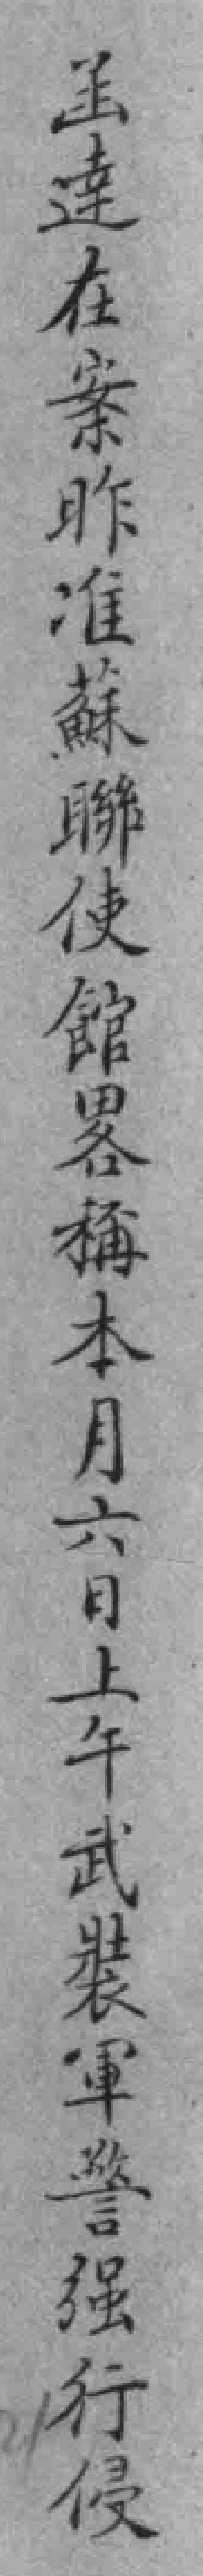
函逹在案昨准蘇聯使館畧稱本月六日上午武裝軍警强行侵